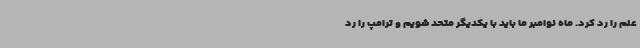
علم را رد کرد. ماه نوامبر ما باید با یکدیگر متحد شویم و ترامپ را رد